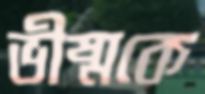
ভীষ্মকে